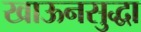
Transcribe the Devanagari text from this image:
खाऊनसुद्धा